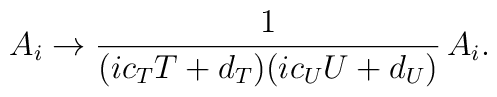
A_i\rightarrow {1\over (ic_TT+d_T)(ic_UU+d_U)}\,A_i.